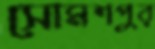
সোমশপুর